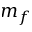
m _ { f }